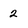
Character: 2